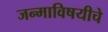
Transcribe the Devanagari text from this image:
जन्माविषयीचे